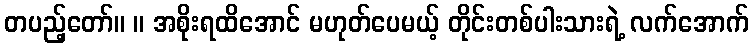
တပည့်တော်။ ။ အစိုးရထိအောင် မဟုတ်ပေမယ့် တိုင်းတစ်ပါးသားရဲ့ လက်အောက်